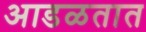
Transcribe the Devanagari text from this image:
अाडळतात